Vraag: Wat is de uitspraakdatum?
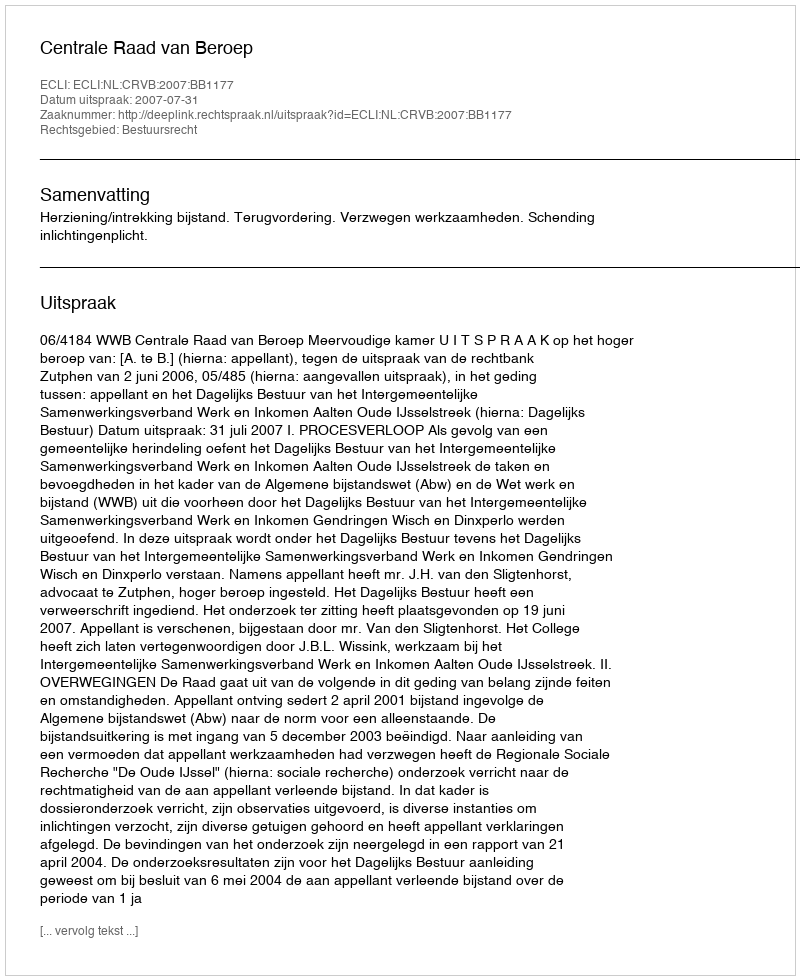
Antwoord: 2007-07-31